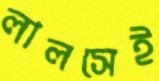
লালসেই